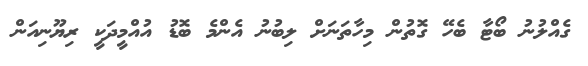
ގެއްލުނު ބޯޓާ ބެހޭ ގޮތުން މިހާތަނަށް ލިބުނު އެންމެ ބޮޑު އުއްމީދަކީ ރިޔޫނިއަން